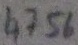
Text: 4756